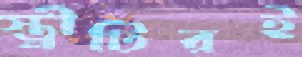
স্ত্রীটিরই